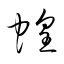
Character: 蝗